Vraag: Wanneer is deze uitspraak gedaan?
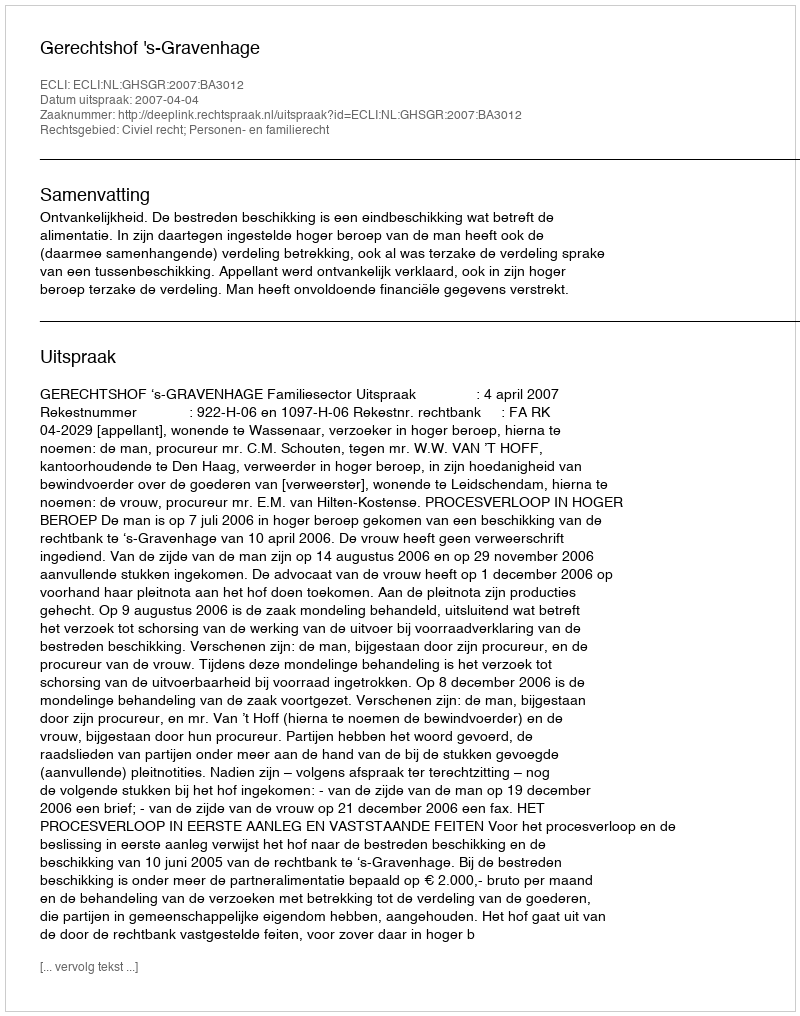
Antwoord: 2007-04-04